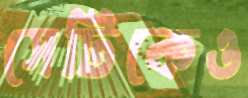
সেটিকেও